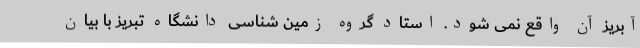
آبریز آن واقع نمی شود. استاد گروه زمین شناسی دانشگاه تبریز با بیان